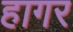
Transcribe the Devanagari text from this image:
हागर